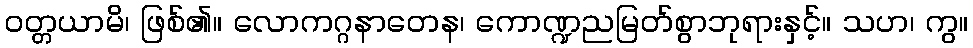
ဝတ္တယာမိ၊ ဖြစ်၏။ လောကဂ္ဂနာတေန၊ ကောဏ္ဍညမြတ်စွာဘုရားနှင့်။ သဟ၊ ကွ။